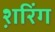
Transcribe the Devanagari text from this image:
श़रिंग